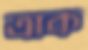
ত্রাক